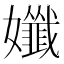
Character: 孅